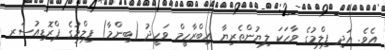
އެވެ. އަދި ފިލްމުގެ ވާހަކަ ލިޔުންތެރިޔާ އިބްރާހީމް ވަހީދު (ބިންމާ) ފިލްމުގެ ޕްރޮޑިއުސަރ